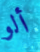
ألو